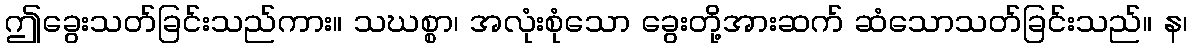
ဤခွေးသတ်ခြင်းသည်ကား။ သဃစ္စာ၊ အလုံးစုံသော ခွေးတို့အားဆက် ဆံသောသတ်ခြင်းသည်။ န၊